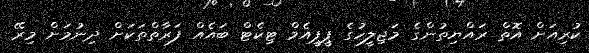
ކުރިއަށް އޮތް ރައްޔިތުންގެ މަޖިލީހުގެ ޕީޕީއެމް ޓިކެޓް ބައެއް ފަރާތްތަކަށް ދިނުމަށް މިރޭ